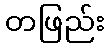
တဖြည်း